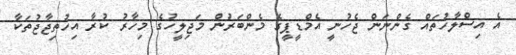
އެ އިސްލާހުތައް ގެންނަން ޖެހުނީ އެމްޑީޕީގެ މެންބަރުން މަޖިލީހުގެ މިހާރު ކުރާ އިހުތިޖާޖުތަކާ